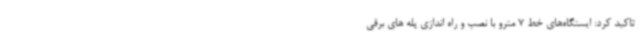
تاکید کرد: ایستگاه‌های خط 7 مترو با نصب و راه اندازی پله های برقی